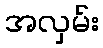
အလှမ်း